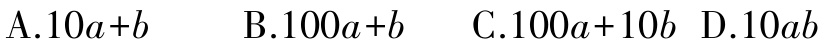
A.$10a + b$  B.$100a + b$  C.$100a + 10b$  D.$10ab$